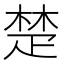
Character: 楚